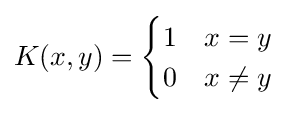
K(x,y)={\begin{cases}1&x=y\\0&x\neq y\end{cases}}